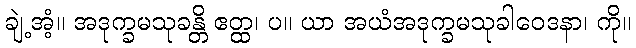
ချဲ့အံ့။ အဒုက္ခမသုခန္တိ ဧတ္ထ၊ ပ။ ယာ အယံအဒုက္ခမသုခါဝေဒနာ၊ ကို။